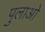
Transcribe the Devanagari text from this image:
पुलाओ